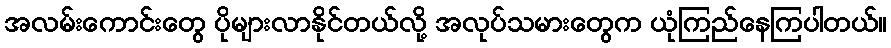
အလမ်းကောင်းတွေ ပိုများလာနိုင်တယ်လို့ အလုပ်သမားတွေက ယုံကြည်နေကြပါတယ်။